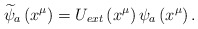
\begin{align*}\widetilde{\psi }_{a}\left( x^{\mu }\right) =U_{ext}\left( x^{\mu }\right)\psi _{a}\left( x^{\mu }\right) .\end{align*}